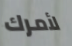
لأمرك